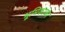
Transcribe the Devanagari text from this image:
भूमिकाका